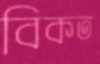
বিকত